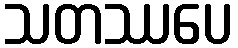
သတဿပေ